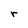
Character: r